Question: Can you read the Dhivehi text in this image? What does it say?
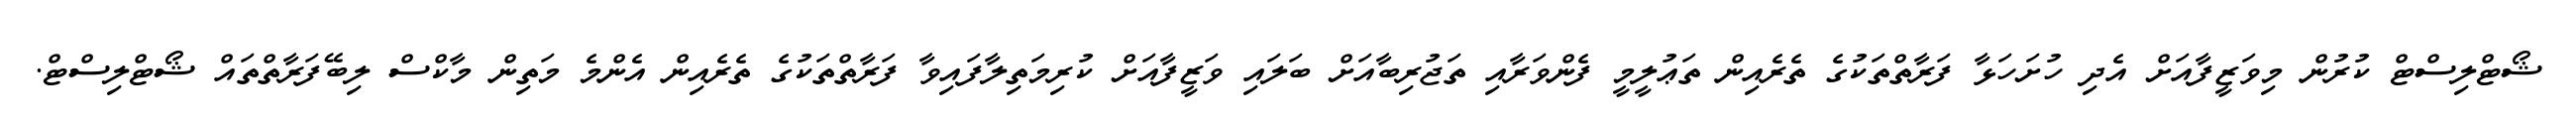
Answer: ޝޯޓްލިސްޓް ކުރުން މިވަޒީފާއަށް އެދި ހުށަހަޅާ ފަރާތްތަކުގެ ތެރެއިން ތަޢުލީމީ ފެންވަރާއި ތަޖުރިބާއަށް ބަލައި ވަޒީފާއަށް ކުރިމަތިލާފައިވާ ފަރާތްތަކުގެ ތެރެއިން އެންމެ މަތިން މާކްސް ލިބޭފަރާތްތައް ޝޯޓްލިސްޓް.